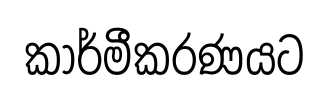
කාර්මීකරණයට